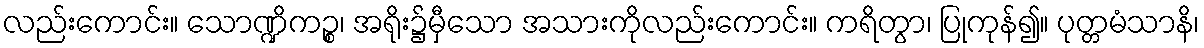
လည်းကောင်း။ သောဏ္ဍိကဉ္စ၊ အရိုး၌မှီသော အသားကိုလည်းကောင်း။ ကရိတွာ၊ ပြုကုန်၍။ ပုတ္တမံသာနိ၊